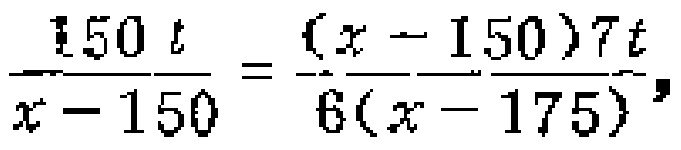
\(\frac{150t}{x - 150}=\frac{(x - 150)7t}{6(x - 175)}\)